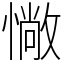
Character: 𢠵